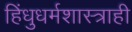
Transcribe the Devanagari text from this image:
हिंधुधर्मशास्त्राही